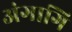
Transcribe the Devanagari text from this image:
अंगागि